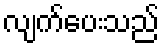
လျက်ပေးသည်